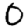
Digit: 0